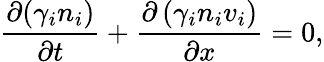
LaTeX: \frac{\partial{(\gamma_{i}n_{i})}}{\partial t}+\frac{\partial\left(\gamma_{i}n_{i}v_{i}\right)}{\partial x}=0,